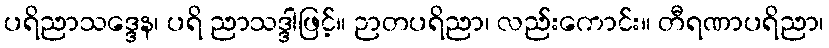
ပရိညာသဒ္ဒေန၊ ပရိ ညာသဒ္ဒါဖြင့်။ ဉာတပရိညာ၊ လည်းကောင်း။ တီရဏာပရိညာ၊